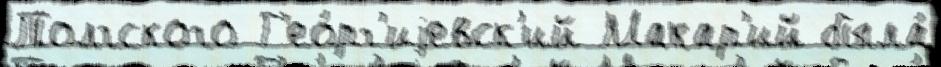
Толгского Г'ео́рг'иjевск'ий Макар'ий была́